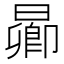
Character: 𬁋